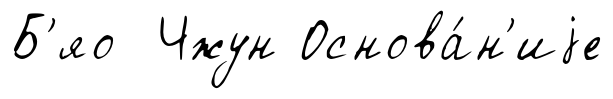
Б'яо Чжун Основа́н'иjе